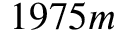
1 9 7 5 m